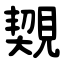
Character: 䚉